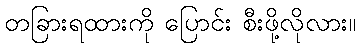
တခြားရထားကို ပြောင်း စီးဖို့လိုလား။